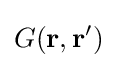
G(\mathbf {r} ,\mathbf {r} ^{\prime })